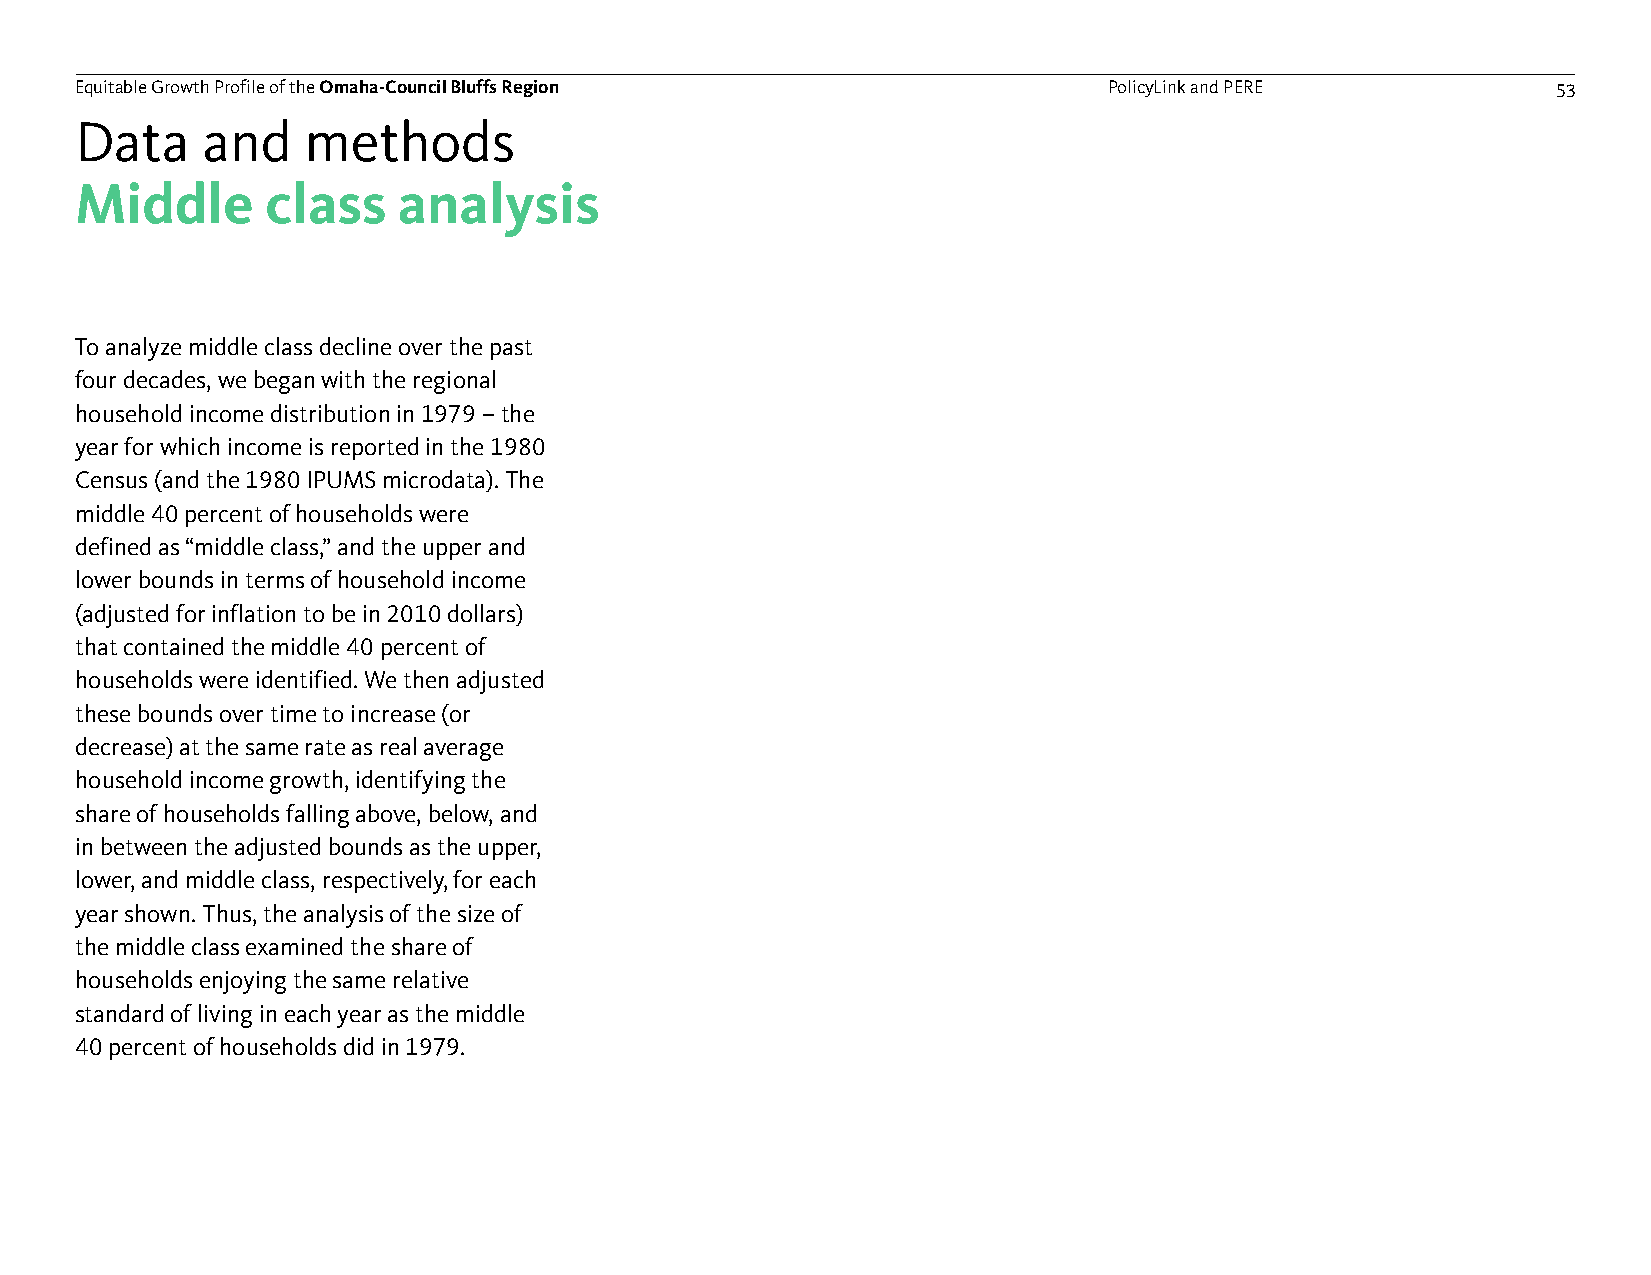
Equitable Growth Profile of theOmaha-Council Bluffs Region          PolicyLink and PERE           53
 Data    and    methods
 Middle       class   analysis
 To analyze middle class decline over the past
 four decades, we began with the regional
 household income distribution in 1979 –the
 year for which income is reported in the 1980
 Census (and the 1980 IPUMS microdata). The
 middle 40 percent of households were
 defined as “middle class,” and the upper and
 lower bounds in terms of household income
 (adjusted for inflation to be in 2010 dollars)
 that contained the middle 40 percent of
 households were identified. We then adjusted
 these bounds over time to increase (or
 decrease) at the same rate as real average
 household income growth, identifying the
 share of households falling above, below, and
 in between the adjusted bounds as the upper,
 lower, and middle class, respectively, for each
 year shown. Thus, the analysis of the size of
 the middle class examined the share of
 households enjoying the same relative
 standard of living in each year as the middle
 40 percent of households did in 1979.